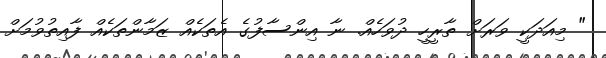
" މިއަދަކީ ވަރަށް ތާރީހީ ދުވަހެއް. ނާ އިންސާފުގެ އެތަކެއް ޒަމާންތަކެއް ފާއިތުވުމަށް